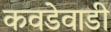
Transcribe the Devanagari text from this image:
कवडेवाडी